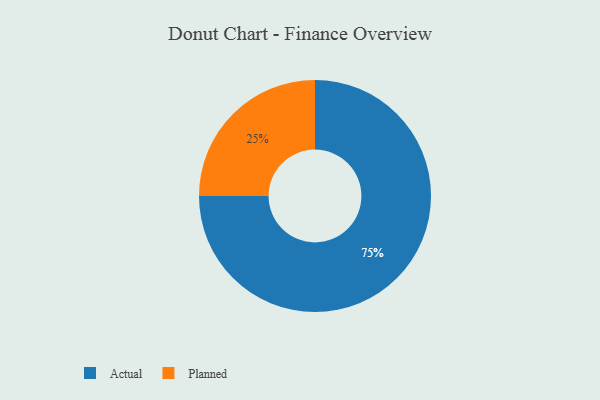
{"axis": {"x": "Category", "y": "Percentage"}, "legend": ["Actual", "Planned"], "data": [{"x": "Planned", "y": 25, "type": "Planned"}, {"x": "Actual", "y": 75, "type": "Actual"}]}